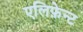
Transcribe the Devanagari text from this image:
एलिफ़ेन्ट